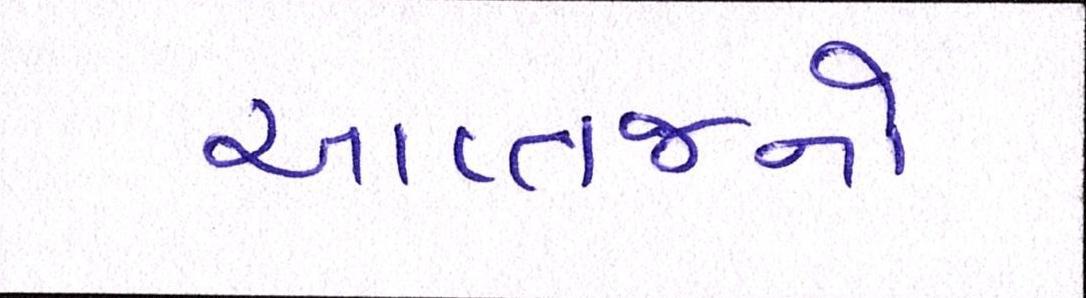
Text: આપ્તજનો